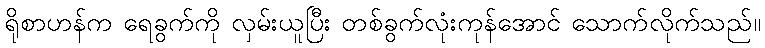
ရိုစာဟန်က ရေခွက်ကို လှမ်းယူပြီး တစ်ခွက်လုံးကုန်အောင် သောက်လိုက်သည်။